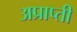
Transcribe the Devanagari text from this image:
अप्राप्ती